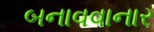
બનાવવાનાર